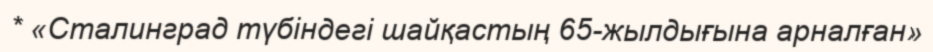
* «Сталинград түбіндегі шайқастың 65-жылдығына арналған»